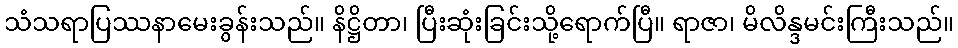
သံသရာပြဿနာမေးခွန်းသည်။ နိဋ္ဌိတာ၊ ပြီးဆုံးခြင်းသို့ရောက်ပြီ။ ရာဇာ၊ မိလိန္ဒမင်းကြီးသည်။